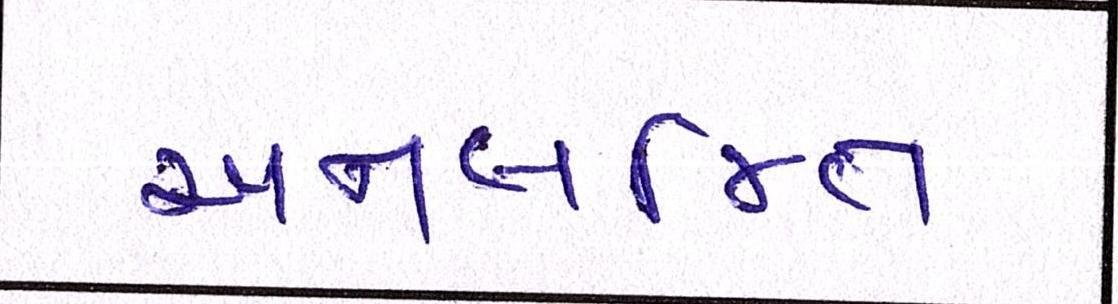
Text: અનલજિત